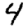
Digit: 4